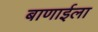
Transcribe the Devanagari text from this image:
बाणाईला